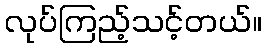
လုပ်ကြည့်သင့်တယ်။